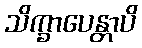
သိက္ခာပေန္တာပိ